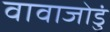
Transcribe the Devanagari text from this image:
वावाजोडुं